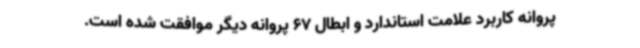
پروانه کاربرد علامت استاندارد و ابطال 67 پروانه دیگر موافقت شده است.